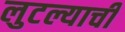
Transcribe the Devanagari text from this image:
लुटल्याची